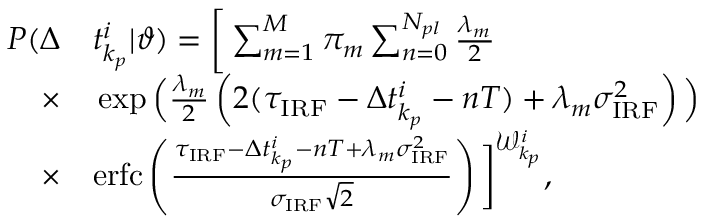
\begin{array} { r l } { P ( \Delta } & { { } t _ { k _ { p } } ^ { i } | \vartheta ) = \bigg [ \sum _ { m = 1 } ^ { M } \pi _ { m } \sum _ { n = 0 } ^ { N _ { p l } } \frac { \lambda _ { m } } { 2 } } \\ { \times } & { { } \exp \Big ( \frac { \lambda _ { m } } { 2 } \left( 2 ( \tau _ { \mathrm { I R F } } - \Delta t _ { k _ { p } } ^ { i } - n T ) + \lambda _ { m } \sigma _ { \mathrm { I R F } } ^ { 2 } \right) \Big ) } \\ { \times } & { { } \mathrm { e r f c } \left( \frac { \tau _ { \mathrm { I R F } } - \Delta t _ { k _ { p } } ^ { i } - n T + \lambda _ { m } \sigma _ { \mathrm { I R F } } ^ { 2 } } { \sigma _ { \mathrm { I R F } } \sqrt { 2 } } \right) \bigg ] ^ { \mathcal { W } _ { k _ { p } } ^ { i } } , } \end{array}